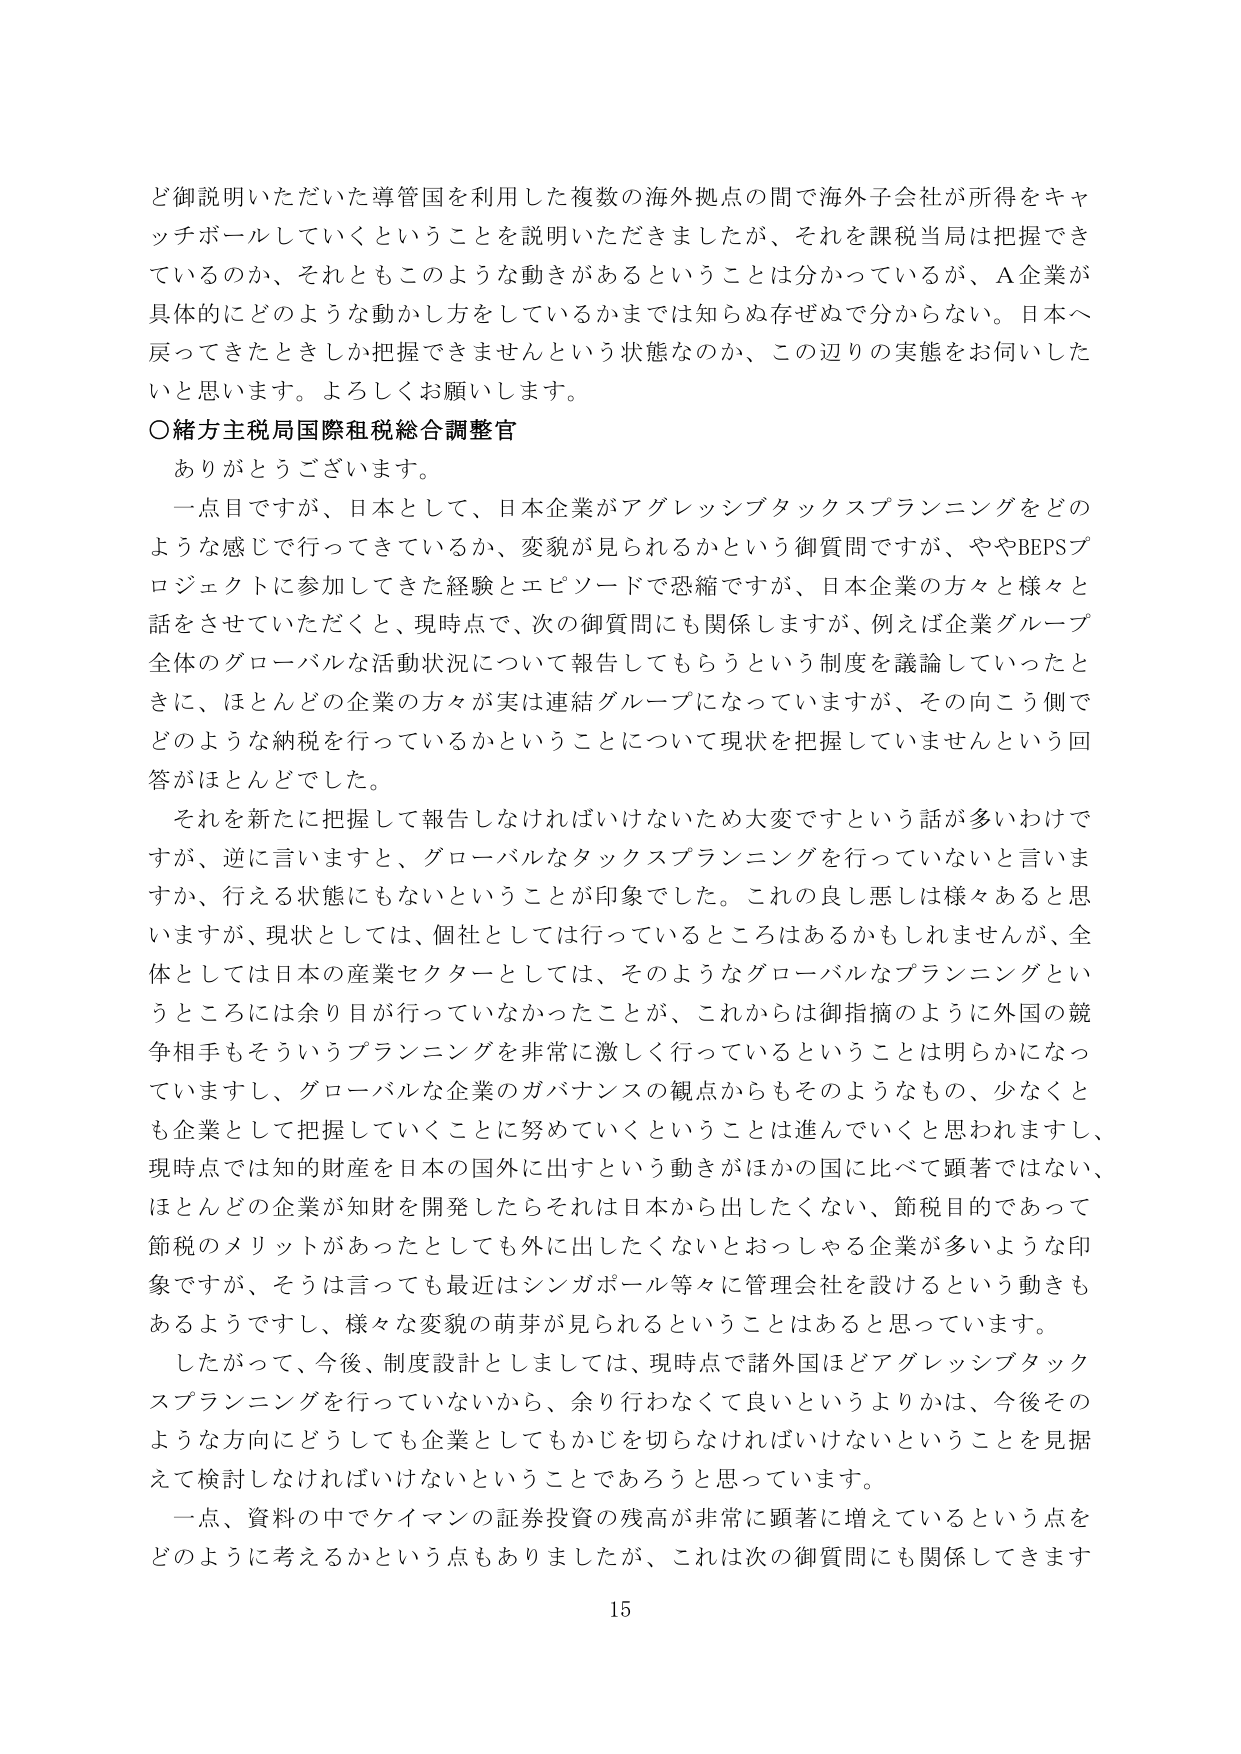
ど御説明いただいた導管国を利用した複数の海外拠点の間で海外子会社が所得をキャッチボールしていくということを説明いただきましたが、それを課税当局は把握できているのか、それともこのような動きがあるということは分かっているが、A企業が具体的にどのような動かし方をしているかまでは知らぬ存ぜぬで分からない。日本へ戻ってきたときしか把握できませんという状態なのか、この辺りの実態をお伺いしたいと思います。よろしくお願いします。

○緒方主税局国際租税総合調整官

ありがとうございます。

一点目ですが、日本として、日本企業がアグレッシブタックスプランニングをどのような感じで行ってきているか、変貌が見られるかという御質問ですが、ややBEPSプロジェクトに参加してきた経験とエピソードで恐縮ですが、日本企業の方々と様々と話をさせていただくと、現時点で、次の御質問にも関係しますが、例えば企業グループ全体のグローバルな活動状況について報告してもらうという制度を議論していったときに、ほとんどの企業の方々が実は連結グループになっていますが、その向こう側でどのような納税を行っているかということについて現状を把握していませんという回答がほとんどでした。

それを新たに把握して報告しなければいけないため大変ですという話が多いわけですが、逆に言いますと、グローバルなタックスプランニングを行っていないと言いますか、行える状態にもないということが印象でした。これの良し悪しは様々あると思いますが、現状としては、個社としては行っているところはあるかもしれませんが、全体としては日本の産業セクターとしては、そのようなグローバルなプランニングというところには余り目が行っていなかったことが、これからは御指摘のように外国の競争相手もそういうプランニングを非常に激しく行っているということは明らかになっていますし、グローバルな企業のガバナンスの観点からもそのようなもの、少なくとも企業として把握していくことに努めていくということは進んでいくと思われますし、現時点では知的財産を日本の国外に出すという動きがほかの国に比べて顕著ではない、ほとんどの企業が知財を開発したらそれは日本から出したくない、節税目的であって節税のメリットがあったとしても外に出したくないとおっしゃる企業が多いような印象ですが、そうは言っても最近はシンガポール等々に管理会社を設けるという動きもあるようですし、様々な変貌の萌芽が見られるということはあると思っています。

したがって、今後、制度設計としましては、現時点で諸外国ほどアグレッシブタックスプランニングを行っていないから、余り行わなくて良いというよりかは、今後そのような方向にどうしても企業としてもかじを切らなければいけないということを見据えて検討しなければいけないということであろうと思っています。

一点、資料の中でケイマンの証券投資の残高が非常に顕著に増えているという点をどのように考えるかという点もありましたが、これは次の御質問にも関係してきます

15